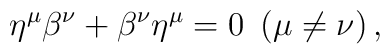
\eta ^{\mu }\beta ^{\nu }+\beta ^{\nu }\eta ^{\mu }=0\ \left( \mu \neq \nu\right) ,